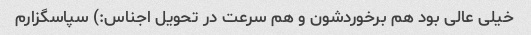
خیلی عالی بود هم برخوردشون و هم سرعت در تحویل اجناس:) سپاسگزارم